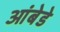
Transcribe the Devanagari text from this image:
आंबेडे